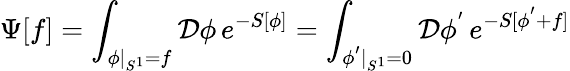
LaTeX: \Psi[f]=\int_{\phi|_{S^{1}}=f}{\cal D}\phi\, e^{-S[\phi]}=\int_{\phi^{'}|_{S^{1}}=0}{\cal D}\phi^{'}\, e^{-S[\phi^{'}+f]}